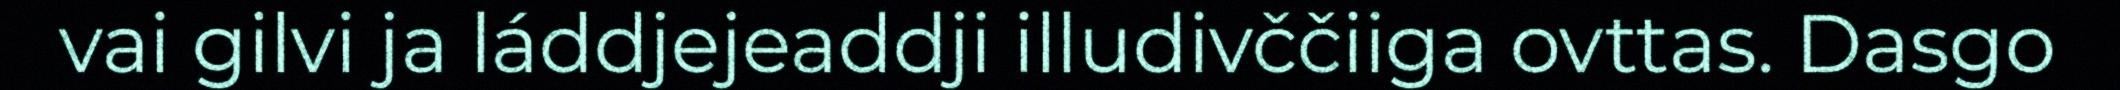
vai gilvi ja láddjejeaddji illudivččiiga ovttas. Dasgo